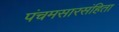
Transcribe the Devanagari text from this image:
पंचमसारसंहिता